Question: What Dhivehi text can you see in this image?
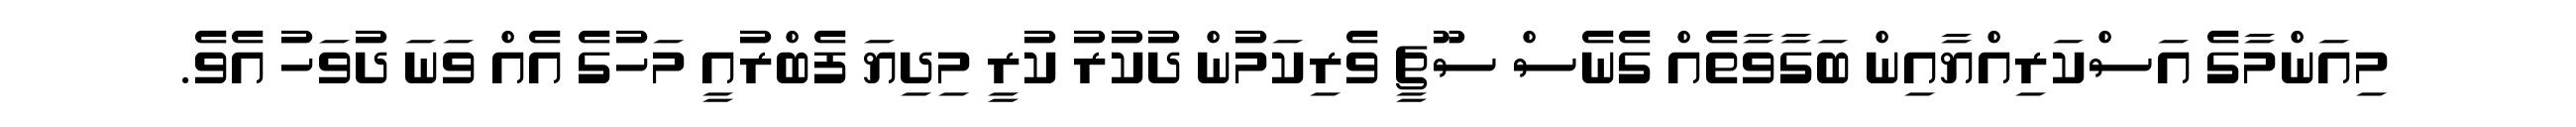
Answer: މިއަންމާގެ އަސްކަރިއްޔާއިން ބަގާވާތެއް ގެނެސް ސޫޗީ ވެރިކަމުން ދުކުރު ކުރީ މިދިޔަ ފެބްރުއީ މަހުގެ އެއް ވަނަ ދުވަހު އެވެ.